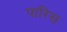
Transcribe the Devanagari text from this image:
पारिस